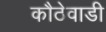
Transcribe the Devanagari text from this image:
कौठेवाडी